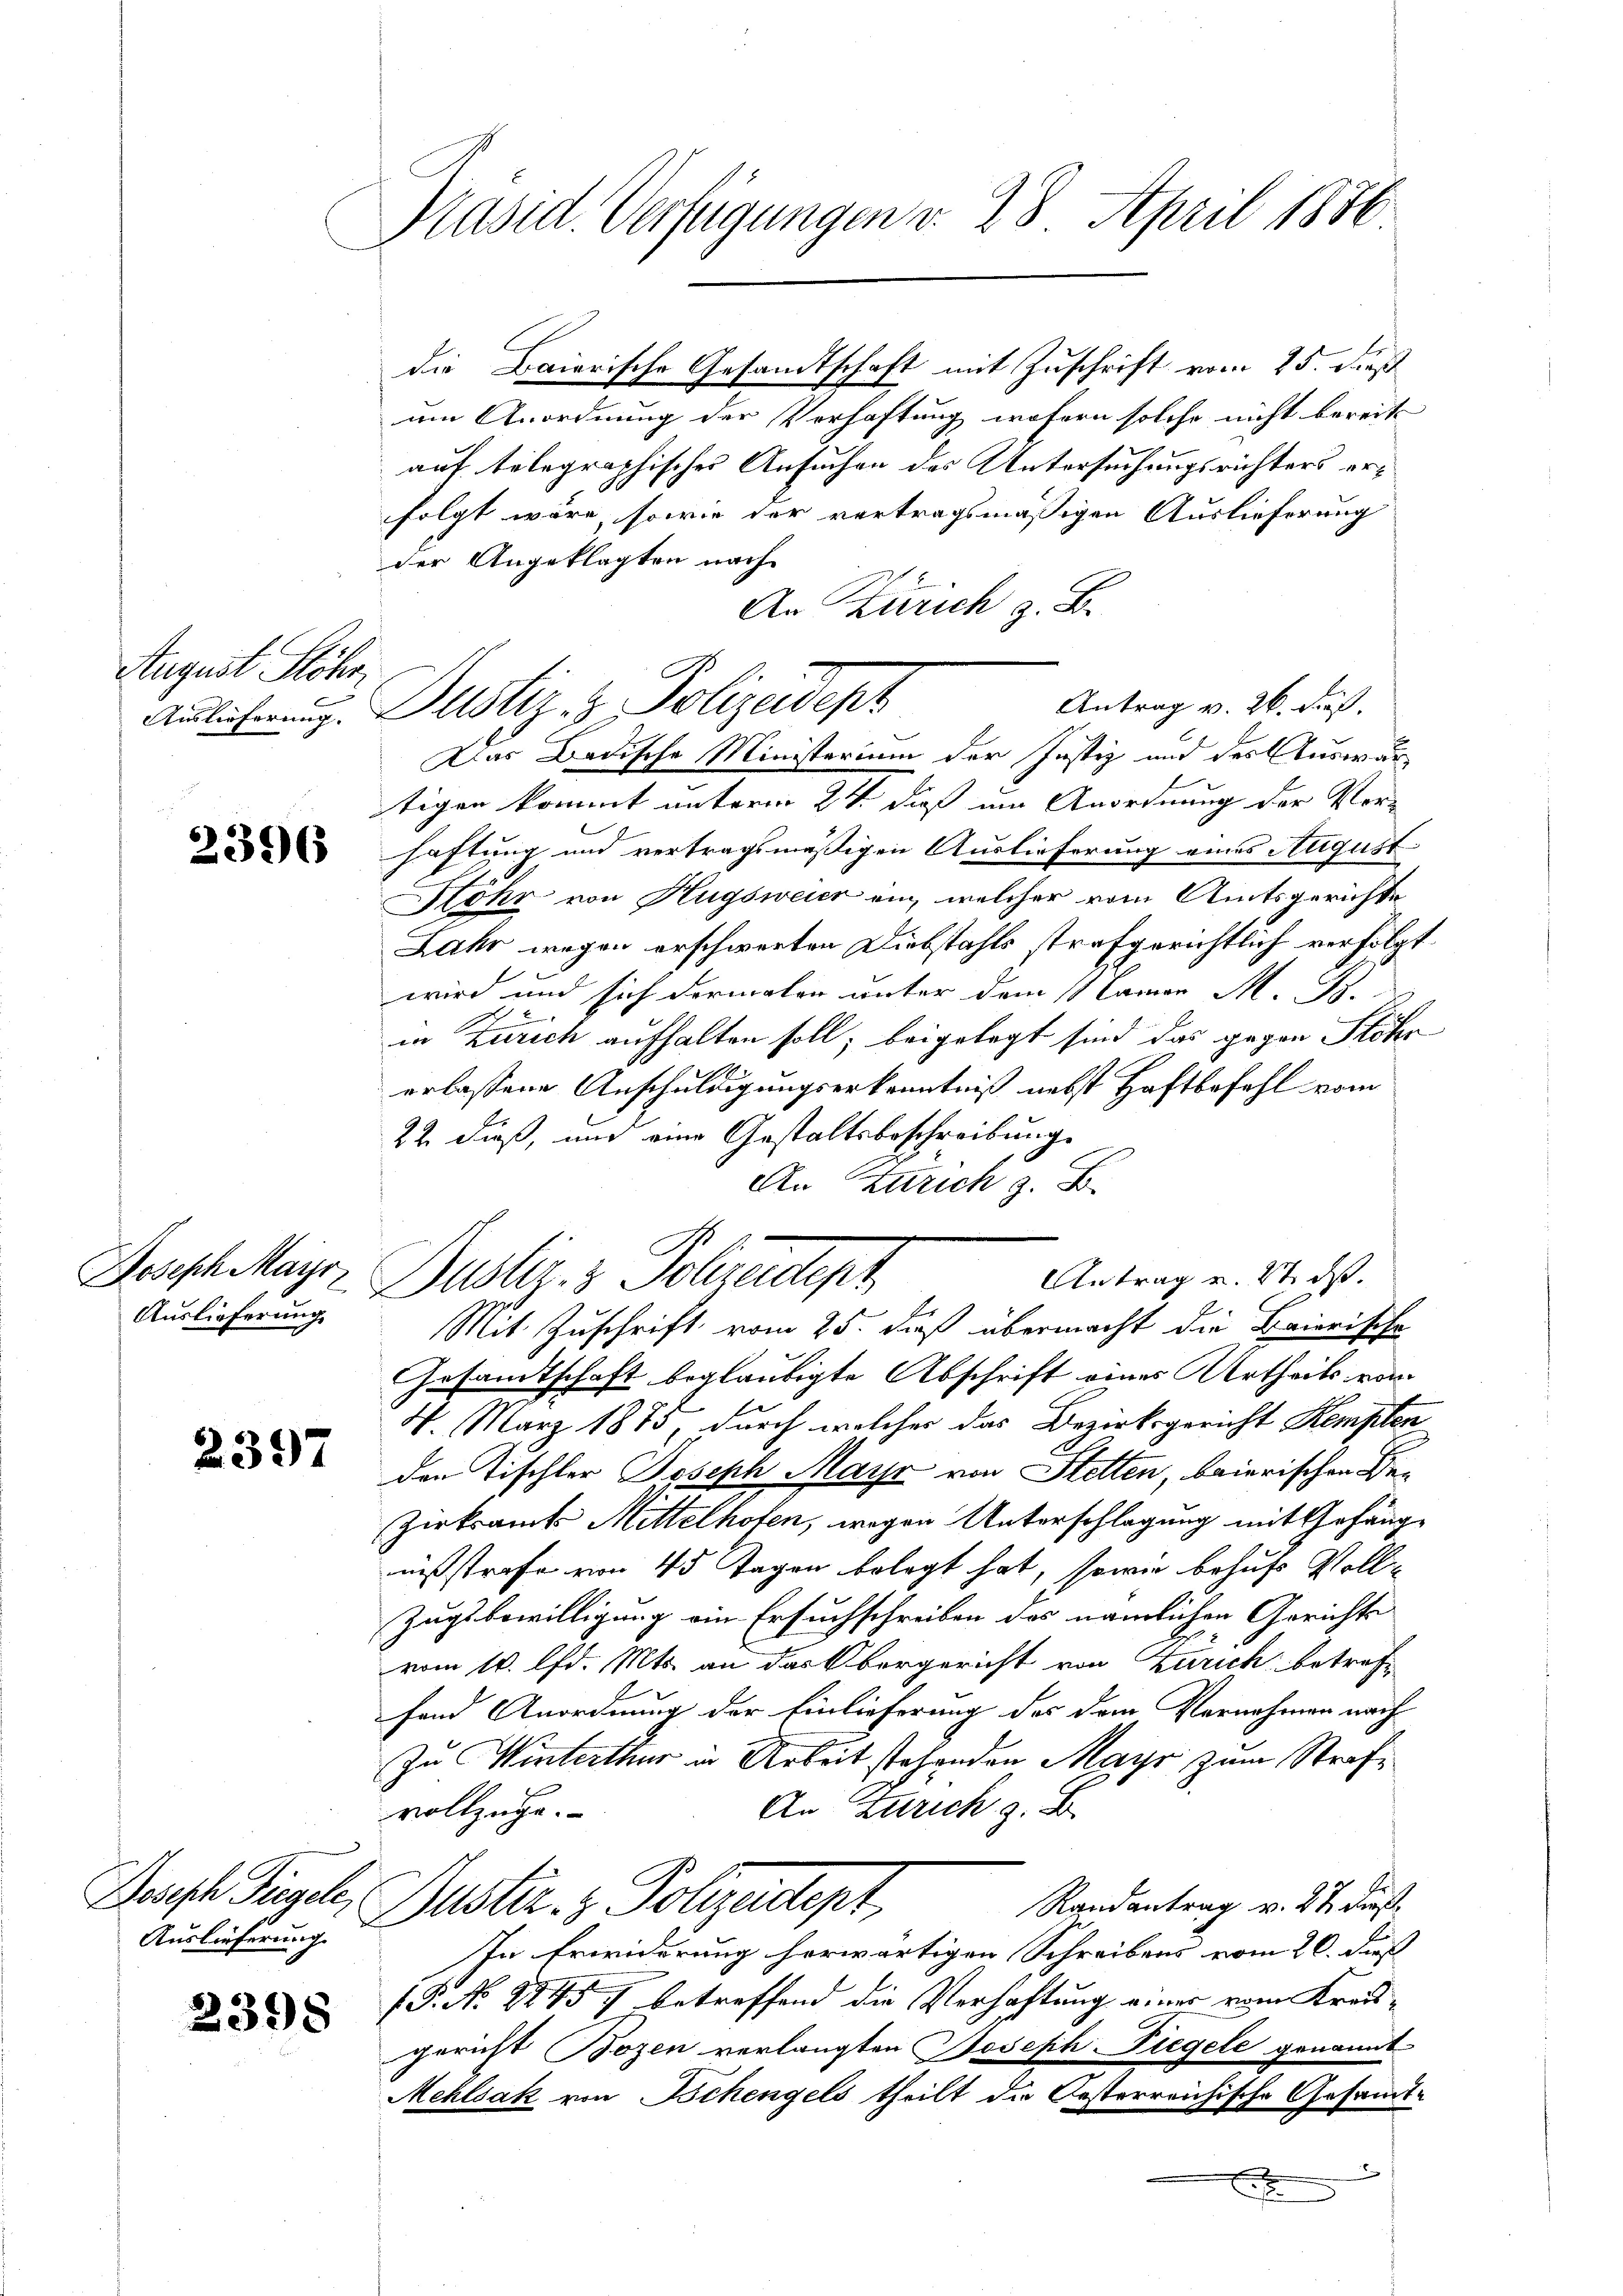
August Stöhr
Auslieferung.

2396

Joseph Maÿr
Auslieferung

2397

Auslieferung.

2398

Präsid. Verfügungen v. 28. April 1876

die Baiorische Gesandtschaft mit Zuschrift vom 25. dieß
um Anordnung der Verhaftung wofern solche nicht bereits |
auf telegraphisches Ansuchen des Untersuchungsrichters erfolgt wäre, sowie der vertragsmäßigen Auslieferung
der Angeklagten nach
An Zürich z. B.
Das Badische Ministerium der Justiz und des Auswärtigen kommt unterm 24. dieß um Anordnung der Vor-
haftung und vertragsmäßigen Auslieferung eines August
Köhr von Hugsweier an, welcher vom Amtsgerichte
Jahr wegen erschwerten Diebstahls strafgerichtlich verfolgt
wird und sich dermaler unter dem Camer M. B.
in Zürich aufhalten soll; beigelegt sind das gegen Stöhr
erlassene Anschuldigungserkenntniß nebst Haftbefahl vom
22. dieß, und eine Gestaltsbeschreibung
An Zürich z. B.
Antrag u. 2. ds.
Dustiz- & Polzeutpr
E
Mit Zuschrift vom 25. daß übermacht die Baierische
Gesandtschaft beglaubigte Abschrift eines Urtheils vom
4. März 1875, durch welcher das Bezirksgericht Kempten
den Tischler Joseph Mayr von Stetten, baierischen Be¬
Zirksamt Mittelhofen, wegen Unterschlagung mit Gefängnißstrafe von 45 Tagen belegt hat, sowie behufs Voll¬
Zugsbewilligung ein Ersuchschreiben das nämlichen Gerichts
vom 10. d. Mts. an das Obergericht von Zürich betreffand Anordnung der Einlieferung des dem Vernehmen nach
Zu Winterthur in Arbeit stehenden Mayr zum Strafe
An Zürich z. B.
vollzüge.
Darst Fügel, Suster. z. Polizeidtept,
Randantrag v. 27 dieß
In Erwiderung herwärtigen Schreibens vom 20. dieß
P. N. 2845 betreffend die Verhaftung einer vom Kreisgericht Bozen verlangten Joseph Siegele genannt
Mehlsak von Schengels theilt die Oesterreichische Gesammt¬
2

Antrag v. 26. dieß.
Justiz- & Polizeidept